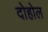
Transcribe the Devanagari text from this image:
दोहोल